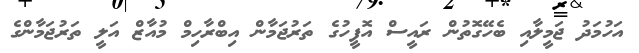
އަހުމަދު ޖަމީލާއި ބެހޭގޮތުން ރައީސް އޮފީހުގެ ތަރުޖަމާން އިބްރާހިމް މުއާޒް އަލީ ތަރުޖަމާންގެ